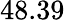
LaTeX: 48.39